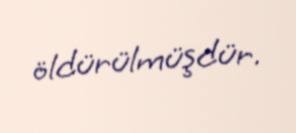
öldürülmüşdür.